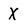
Character: X